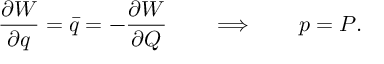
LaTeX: { \frac { \partial W } { \partial q } } = \bar { q } = - { \frac { \partial W } { \partial Q } } \qquad \Longrightarrow \qquad p = P .